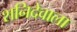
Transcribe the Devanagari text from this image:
शनिदेवाला